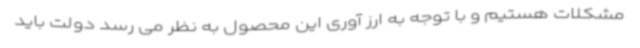
مشکلات هستیم و با توجه به ارز آوری این محصول به نظر می رسد دولت باید